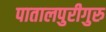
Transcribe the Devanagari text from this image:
पातालपुरीगुरु